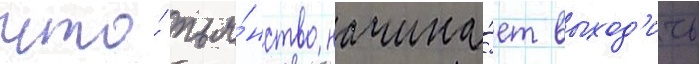
что́ пья́нство начина́ет выход'ить